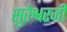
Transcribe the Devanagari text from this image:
सुरेश्वरजी